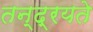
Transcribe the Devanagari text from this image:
तन्द्रयते